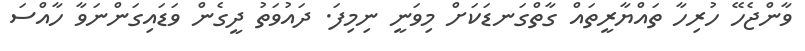
ވާންޖެހޭ ހުރިހާ ތައްޔާރީތައް ގާތްގަނޑަކަށް މިވަނީ ނިމިފަ. ދައުވަތު ދީގެން ވަޑައިގަންނަވާ ހާއްސަ